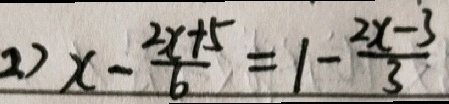
2 ) x - \frac { 2 x + 5 } { 6 } = 1 - \frac { 2 x - 3 } { 3 }